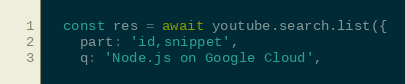
Language: JavaScript
  const res = await youtube.search.list({
    part: 'id,snippet',
    q: 'Node.js on Google Cloud',